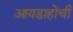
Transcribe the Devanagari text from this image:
आयडाहोची